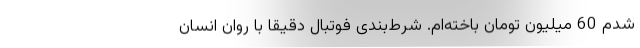
شدم 60 میلیون تومان باخته‌ام. شرط‌بندی فوتبال دقیقاً با روان انسان